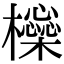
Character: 㰑